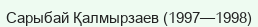
Сарыбай Қалмырзаев (1997—1998)